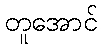
တူအောင်